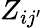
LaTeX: Z_{i{j^{\prime}}}